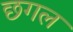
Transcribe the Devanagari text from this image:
छगल